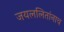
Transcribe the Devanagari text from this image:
जयललितांनाच